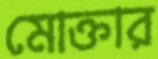
মোক্তার